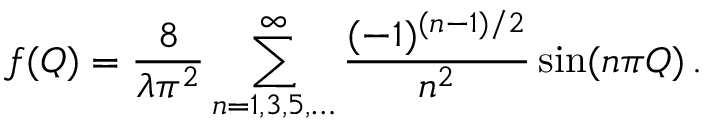
f ( Q ) = \frac { 8 } { \lambda \pi ^ { 2 } } \sum _ { n = 1 , 3 , 5 , \ldots } ^ { \infty } \frac { ( - 1 ) ^ { ( n - 1 ) / 2 } } { n ^ { 2 } } \sin ( n \pi Q ) \, .